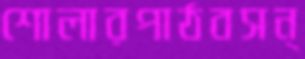
শোলারপাঠবসন্